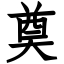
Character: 奠